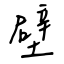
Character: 壁